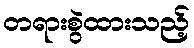
တရားစွဲထားသည့်